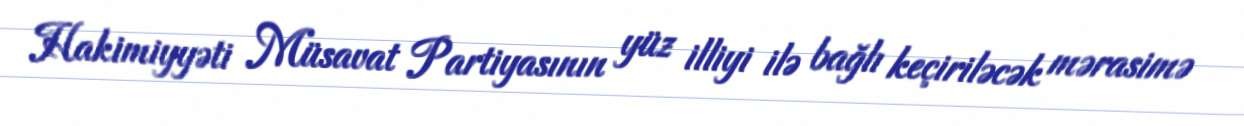
Hakimiyyəti Müsavat Partiyasının yüz illiyi ilə bağlı keçiriləcək mərasimə